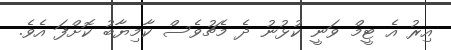
އިރު އެ ޓީމް ވަނީ ކުޅުނު ދެ މެޗުވެސް ކާމިޔާބު ކޮށްފަ އެވެ.